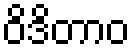
ဝိဒိတာဝ